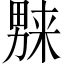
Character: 𱰼